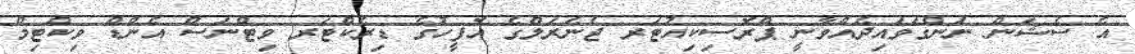
އެ ސެޝަން ނަންގަވައިދެއްވާނީ ޕްރޮސިކިއުޓަރ ޖެނެރަލްގެ އޮފީހުގެ ޑިރެކްޓަރ ވިޓްނަސް އެންޑް ވިކްޓިމް